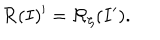
{ \cal R } ( I ) ^ { \prime } = { \cal R } _ { \zeta } ( I ^ { \prime } ) .